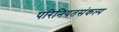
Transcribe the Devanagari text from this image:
परिनियतसंकल्प